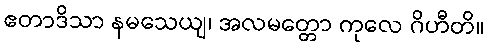
ဧတာဒိသာ နမသေယျ၊ အလမတ္တော ကုလေ ဂိဟီတိ။